Vaccination in Burma 1912-1922 - 1912-1922
Year: 1912
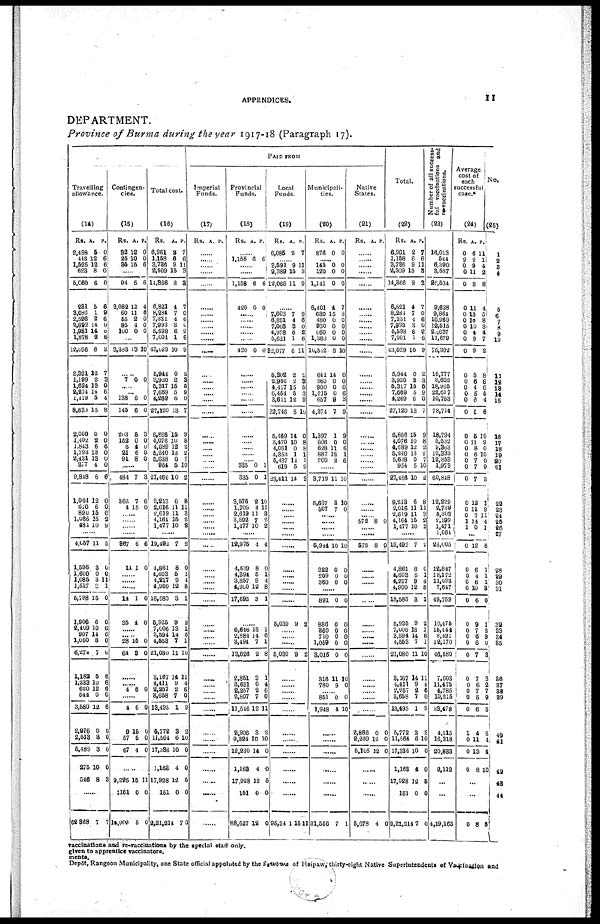
APPENDICES.
11
DEPARTMENT.
Province of Burma during the year 1917-18 (Paragraph 17).
Travelling
allowance.
(14)
Rs.
2,498
412
1,525
623
5,060
231
3,086
2,526
2,892
1,981
1,878
12,596
2,321
1,199
1,624
2,274
1,119
8,830
2,000
1,402
1,843
1,793
2,431
377
9,848
1,004
610
890
1,066
484
A.
5
12
12
8
6
5
1
2
14
14
2
8
12
2
13
14
5
15
0
2
6
13
13
4
6
12
6
15
15
10
P.
0
6
6
0
0
6
9
6
0
0
6
3
7
3
0
6
4
8
0
0
6
0
0
0
6
0
0
6
2
9
......
4,057
1,596
1,600
1,085
1,517
5,798
1,906
2,409 907
1,050
6,274
1,182
1,233
620
544
3,580
2,976
2,513
5,489
275
546
11
3
0
3
8
15
6
10 14
8
7
5
10
12
0
12
0
3
3
10
8
5
0
0
11
1
0
0
6 6
0
0
6
6
6
0
6
0
0
0
0
3
......
62,368 7 7
Contingen-
cies.
(15)
Rs.
32
25
35
A.
12
10
15
P.
0
0
6
......
94
3,082
60
65
85
100
5
12
11
2
4
0
6
4
6
0
0
0
......
3,383 13 10
......
7 0 0
...... ...
138
145
203
162
6
21
91
6
6
5
0
4
6
8
0
0
3
0
0
0
0
......
484
362
4
7
7
15
3
6
0
......
......
......
......
367
14
6
1
6
0
......
......
......
14
35
1
4
0
0
...... ......
28
64
15
3
0
0
......
...... 4 6 0
......
4
9
57
67
6
15
5
4
0
0
0
0
......
9,225
‡151
14,002
15
0
5
11
0
0
Total cost.
(16)
Rs.
6,961
1,158
3,736
2,609
14,366
6,821
8,284
7,331
7,993
5,598
7,001
43,029
5,944
3,920
5,317
7,669
4,269
27,120
6,866
4,076
4,689
5,240
5,638
954
27,466
9,213
2,016
2,619
4,164
1,477
A.
2
6
9
15
2
4
7
4
8
6
1
10
0
2
15
5
6
13
15
10
12
13
0
5
10
6
11
11
15
10
P.
7
6
11
3
8
7
0
6
0
2
6
9
2
3
5
9
0
7
9
8
2
2
7
10
2
8
11
3
2
2
......
19,492
4,861
4,603
4,217
4,900
18,583
5,925
7,006
3,594
4,553
21,080
3,167
4,411
2,257
3,658
13,495
5,772
11,564
17,336
1,163
17,928
151
2,21,214
7
8
5
9
12
3
9
13
14
7
11
14
9
2
7
1
3
6
10
4
12
0
7
2
0
1
4
8
1
2
1
6
1
10
11
4
6
0
9
2
10
0
0
5
0
0
PAID FROM
Imperial
Funds.
(17)
Rs. A. P.
......
......
......
......
......
......
......
......
......
......
......
......
......
......
......
......
......
......
......
......
......
......
......
......
......
......
......
......
......
......
......
......
......
......
......
......
......
......
...... ......
......
......
......
......
......
......
......
......
......
......
......
......
......
......
Provincial
Funds.
(18)
Rs. A. P.
......
1,158 6 6
......
......
1,158
420
6
0
6
0
......
......
......
......
......
420 0 0
......
......
......
......
......
......
......
......
......
......
...... 335
335
3,576
1,709
2,619
3,592
1,477
0
0
2
4
11
7
10
1
1
10
11
3
2
2
......
12,975
4,539
4,394
3,857
4,900
17,692
4
8
5
9
12
3
4
0
1
4
8
1
......
6,646
2,884
3,494
13,226
2,851
3,631
2,257
2,807
11,546
2,906
9,324
12,230
1,163
17,928
151
88,627
13
14
7
2
3
0
2
7
12
8
10
14
4
12
0
12
1
6
1
8
1
4
6
0
11
2
10
0
0
5
0
0
Local
Funds.
(19)
Rs.
6,085
A.
2
P.
7
...... 3,591
2,389
12,066
9
15
11
11
3
9
......
7,603
6,851
7,068
4,988
5,621
82,077
5,302
2,960
4,417
6,454
3,611
23,746
5,469
3,470
4,061
4,353
5,437
619
23,411
7
4
3
6
1
6
2
2
15
5
12
5
14
10
0
1
14
5
14
9
6
0 2
6
11
2
3
5
3
9
10
0
8
8
1
1
9
3
......
......
......
......
......
......
......
......
......
......
......
......
5,039 9 2
...... ......
......
5,039 9 2
......
......
......
......
......
......
......
......
......
......
......
95,3401 15 11
Municipali-
ties.
(20)
Rs.
876
A.
0
P.
0
...... 145
120
1,141
6,401
680
480
930
060
1,380
10,502
641
960
900
1,215
657
4,374
1,397
606
628
887
200
0
0
0
4
15
0
0
0 0
3
14
0
0
0
9
7
1
0
11
12
2
0
0
0
7
3
0
0
0
0
10
0
0
0
6
3
9
9
0
6
1
6
......
3,719
5,637
307
11
8
7
10
10
0
......
......
......
......
5,944
322
209
360
10
0
0
0
10
0
0
0
......
891
886
860
710
1,059
3,015
316
780
0
0
0
0
0
0
11
9
0
0
0
0
0
0
10
0
...... 851
1,948
0
4
0
10
......
......
......
......
......
......
31,566 7 1
Native
States.
(21)
Rs. A. P.
......
......
......
......
......
......
......
......
......
......
......
......
......
......
......
......
......
......
......
......
......
......
......
......
......
......
......
...... 572 8 0
......
......
572 8 0
......
......
......
......
......
......
...... ......
......
......
......
......
......
......
......
2,866
2,239
5,105
0
12
12
0
0
0
......
......
......
5,678 4 0
Total.
(22)
Rs,
6,961
1,158
3,786
2,509
14,366
6,821
8,284
7,331
7,993
5,598
7,001
43,029
5,944
3,920
5,317
7,669
4,269
27,120
6,866
4,076
4,689
5,240
5,638
954
27,466
9,213
2,016
2,619
4,164
1,477
A.
2
6
9
15
2
4
7
4
3
6
1
10
0
2
15
5
6
13
15
10
12
13
0
5
10
6
11
11
15
10
P.
7
6
11
3
3
7
0
6
0
2
6
9
2
3
5
9
0
7
9
8 2
2
7
10
2
8
11
3
2
2
......
19,492
4,861
4,603
4,217
4,900
18,583
5,925
7,006
3,594
4,553
21,080
3,167
4,411
2,257
3,658
13,495
5,772
11,564
17,336
1,163
17,928
151
2,21,214
7
8
5
9
12
3
9
13
14
7
11
14
9
2
7
1
3
6
10
4
12
0
7
2
0
1
4
8
1
2
1
6
1
10
11
4
6
0
9
2
10
0
0
5
0
0
Number of all success-
ful vaccinations and
revaccinations.
(23)
16,013
544
6,390
3,587
26,534
9,638
9,864
10,969
12,515
20,637
11,679
75,302
16,777
9,602
18,965
22,617
10,753
78,714
18,794
5,582
9,303
12,333
12,853
1,973
60,848
12,229
2,739
5,303
2,199
1,471
1,061
25,005
12,847
18,172
11,093
7,647
49,759
10,475
15,444
8,491
12,170
46,580
7,003
11,475
4,785
10,215
33,478
4,515
16,318
20,833
2,112
...
...
4,19,165
Average
cost of
each
successful
case.*
(24)
Rs.
0
2
0
0
0
0
0
0
0
0
0
0
0
0
0
0
0
0
0
0
0
0
0
0
0
0
0
0
1
1
A.
6
2
9
11
8
11
13
10
10 4
9
9
5
6
4
5
6
5
5
11
8
6
7
7
7
12
11
7
14
0
P.
11
1
4
2
8
4
5
8
3 4
7
2
8
6
6 5
4
6
10
9
0
10 0
9
3
1
9
11
4
1
...
0
0
0
0 0
0
0
0
0
0
0
0
0
0
0
0
1
0
0
0
12
6
4
6
10
6
9
7
6
6
7
7
6
7
5
6
4
11
13
8
6
1
1
1
3
0
1
3
9
0
3
3
2
7
9
5
5
4
4
10
...
...
0 8 5
No.
(25)
1
2
3
4
5
6
7 8
9
10
11
12
13
14
15
16
17
18
19
20
21
22
23 24
25
26
27
28
29
30
31
32
33
34
35
36
37
38
39
40
41
42
43
44
vaccinations and re-vaccinations by the special staff only.
given to apprentice vaccinators.
m
e
n
t
s
.
Depôt, Rangoon Municipality, one State official appointed by the Siwawa of Hsipaw, thirty-eight Native Superintendents of Vaccination and